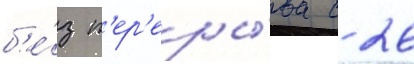
б'е́з п'ер'еры́ва с 26